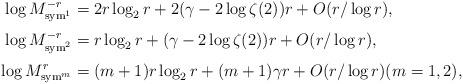
LaTeX: \begin{align*}\log M_{{\rm sym}^1}^{-r}& = 2r\log_2 r + 2(\gamma-2\log\zeta(2))r + O(r/\log r),\\\noalign{\vskip 1mm}\log M_{{\rm sym}^2}^{-r}& = r\log_2 r + (\gamma-2\log\zeta(2))r + O(r/\log r),\\\noalign{\vskip 1mm}\log M_{{\rm sym}^m}^{r}& = (m+1)r\log_2 r+(m+1)\gamma r + O(r/\log r)(m=1, 2),\end{align*}